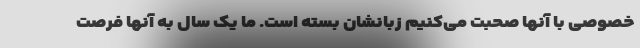
خصوصی با آنها صحبت می‌کنیم زبانشان بسته است. ما یک سال به آنها فرصت